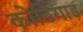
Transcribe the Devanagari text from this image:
कोठिगाड़